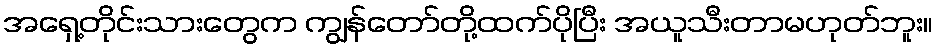
အရှေ့တိုင်းသားတွေက ကျွန်တော်တို့ထက်ပိုပြီး အယူသီးတာမဟုတ်ဘူး။